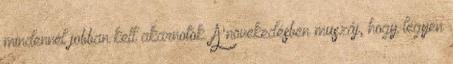
mindennél jobban kell akarnotok. A növekedésben muszáj, hogy legyen